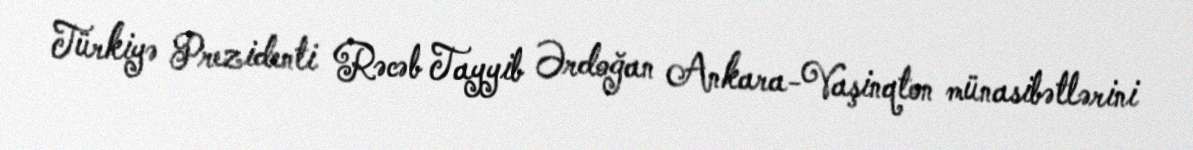
Türkiyə Prezidenti Rəcəb Tayyib Ərdoğan Ankara-Vaşinqton münasibətlərini